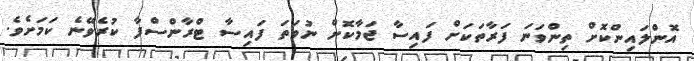
އޮންލައިންކޮށް ތިންވަނަ ފަރާތަކަށް ފައިސާ ޖަމާކޮށް ނުވަތަ ފައިސާ ޓްރާންސްފާ ކުރެވޭނެ ކަމަށެވެ.